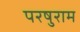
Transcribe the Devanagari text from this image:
परषुराम